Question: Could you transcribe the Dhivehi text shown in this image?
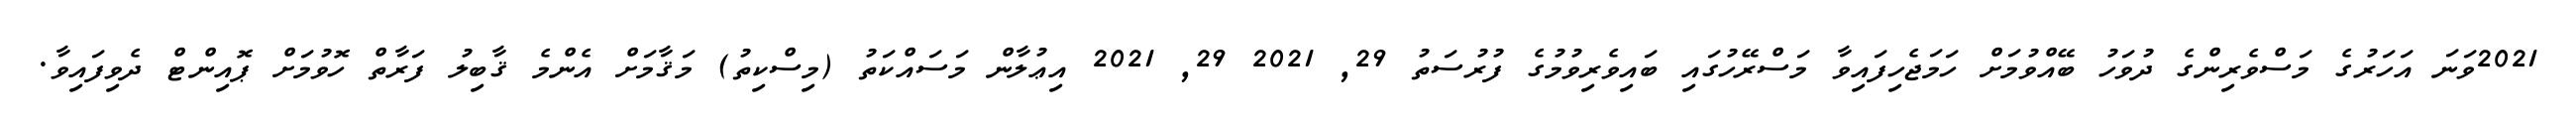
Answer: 2021ވަނަ އަހަރުގެ މަސްވެރިންގެ ދުވަހު ބޭއްވުމަށް ހަމަޖެހިފައިވާ މަސްރޭހުގައި ބައިވެރިވުމުގެ ފުރުސަތު 29, 2021 29, 2021 އިޢުލާން މަސައްކަތު (މިސްކިތު) މަޤާމަށް އެންމެ ޤާބިލު ފަރާތް ހޮވުމަށް ޕޮއިންޓް ދެވިފައިވާ.